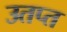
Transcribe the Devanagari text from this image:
उतप्त